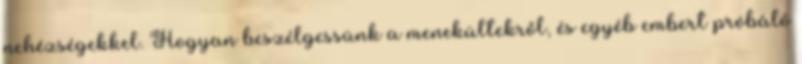
nehézségekkel. Hogyan beszélgessünk a menekültekről, és egyéb embert próbáló